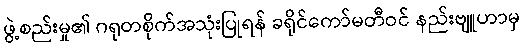
ဖွဲ့စည်းမှု၏ ဂရုတစိုက်အသုံးပြုရန် ခရိုင်ကော်မတီဝင် နည်းဗျူဟာမှ